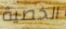
الخصية